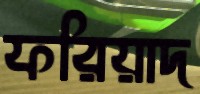
ফরিয়াদ